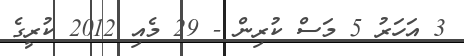
3 އަހަރު 5 މަސް ކުރިން - 29 މެއި 2012 ކުރީގެ